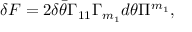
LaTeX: \delta { \cal F } = 2 \delta \bar { \theta } \Gamma _ { 1 1 } \Gamma _ { m _ { 1 } } d \theta \Pi ^ { m _ { 1 } } ,